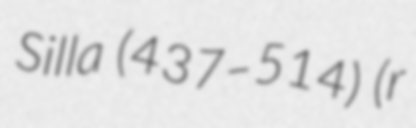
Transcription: Silla (437–514) (r